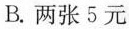
B.两张5元